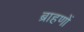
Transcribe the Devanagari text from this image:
ब्राहणों